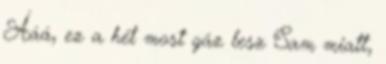
Ááá, ez a hét most gáz lesz Sam miatt,